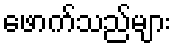
ဖောက်သည်များ